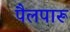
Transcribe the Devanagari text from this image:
पैलपारू